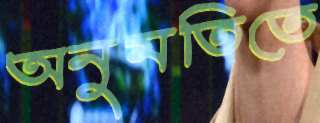
অনুমতিতে